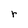
Character: r